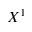
X ^ { 1 }